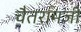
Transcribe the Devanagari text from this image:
चैतरामजी